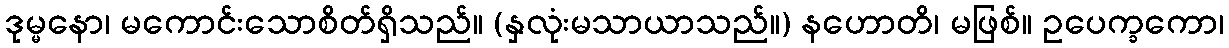
ဒုမ္မနော၊ မကောင်းသောစိတ်ရှိသည်။ (နှလုံးမသာယာသည်။) နဟောတိ၊ မဖြစ်။ ဥပေက္ခကော၊